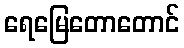
ရေမြေတောတောင်